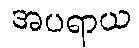
အပရာယ